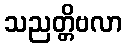
သညတ္တိဗလာ